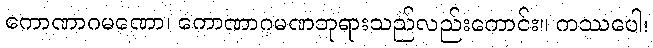
ကောဏာဂမဏော၊ ကောဏာဂမဏဘုရားသည်လည်းကောင်း။ ကဿပေါ၊